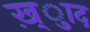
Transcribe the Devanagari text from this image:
ख़्ुाद